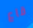
قاع